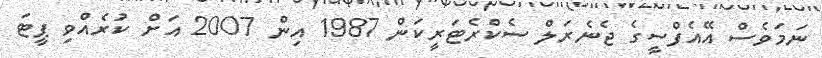
ނަމަވެސް އޭއެފްސީގެ ޖެނެރަލް ސެކްރެޓަރީކަން 1987 އިން 2007 އަށް ކުރެއްވި ޕީޓަ